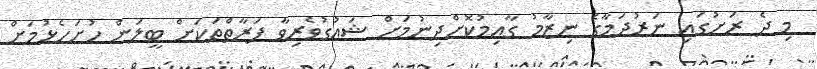
މި ދެ ރަށުގައި ނަރުދަމާގެ ނިޒާމު ގާއިމުކޮށްދިނުމަށް ޝައުގުވެރިވާ ފަރާތްތަކަށް ބީލަން ހުށަހެޅުމަށް